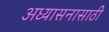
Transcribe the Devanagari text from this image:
अध्यासनासाठी